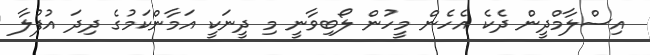
އިސްލާމްދީން ދެކެ އެހެން މީހުން ލޯބިވާނީ މި ދީނަކީ އަމާންކަމުގެ ދިދަ އުފުލާ